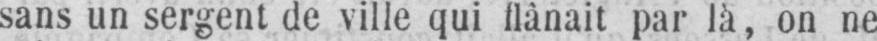
sans un sergent de ville qui flânait par là, on ne